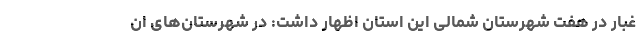
غبار در هفت شهرستان شمالی این استان اظهار داشت: در شهرستان‌های ان